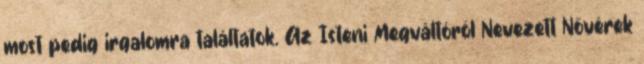
most pedig irgalomra találtatok. Az Isteni Megváltóról Nevezett Nővérek